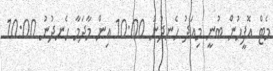
މެޓް އޮފީހުން ބުނީ މިއަދު ހެނދުނު 10:00 އިން މާދަމާ ހެނދުނު 10:00